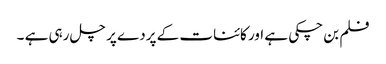
فلم بن چکی ہے اور کائنات کے پردے پر چل رہی ہے ۔